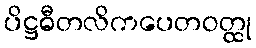
ပိဋ္ဌဓီတလိကပေတဝတ္ထု